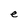
Character: e